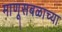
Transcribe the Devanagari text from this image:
माणूसबळाच्या